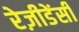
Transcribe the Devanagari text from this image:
रेज़ीडेंसी